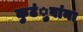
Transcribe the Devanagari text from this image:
कुटंुबांना